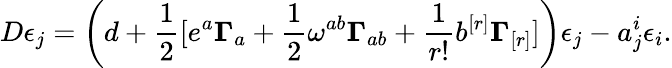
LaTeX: D\epsilon_{j}=\left(d+\frac{1}{2}[e^{a}{\mathbf\Gamma}_{a}+\frac{1}{2}\omega^{ab}{\mathbf\Gamma}_{ab}+\frac{1}{r!}b^{[r]}{\mathbf\Gamma}_{[r]}]\right)\epsilon_{j}-a_{j}^{i}\epsilon_{i}.